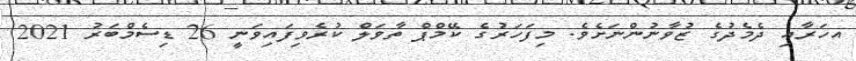
އހަރާއި ދެމެދުގެ ޒުވާނުންނަށެވެ. މިފަހަރުގެ ކޭމްޕް ތާވަލް ކުރެވިފައިވަނީ 26 ޑިސެމްބަރު 2021